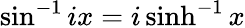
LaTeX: \sin^{-1}ix=i\sinh^{-1}x